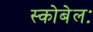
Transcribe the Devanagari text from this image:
स्कोबेलः